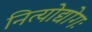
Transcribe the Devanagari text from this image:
नित्योद्योगः